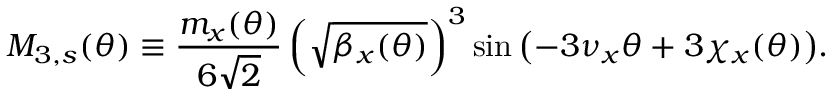
M _ { 3 , s } ( \theta ) \equiv \frac { m _ { x } ( \theta ) } { 6 \sqrt 2 } \left( \sqrt { \beta _ { x } ( \theta ) } \right) ^ { 3 } \sin { \left( - 3 \nu _ { x } \theta + 3 \chi _ { x } ( \theta ) \right) } .